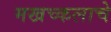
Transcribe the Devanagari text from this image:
मखच्कलाचे